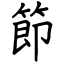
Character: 節